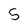
Character: 5